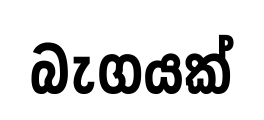
බැගයක්